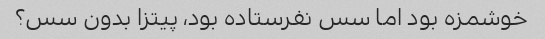
خوشمزه بود اما سس نفرستاده بود، پیتزا بدون سس؟